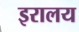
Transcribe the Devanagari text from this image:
इरालय